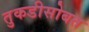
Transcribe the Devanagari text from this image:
तुकडीसोबत